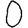
Digit: 0